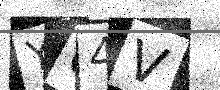
Text: YU4V